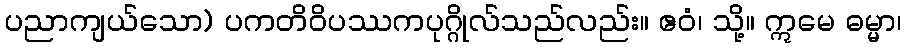
ပညာကျယ်သော) ပကတိဝိပဿကပုဂ္ဂိုလ်သည်လည်း။ ဧဝံ၊ သို့။ ဣမေ ဓမ္မာ၊